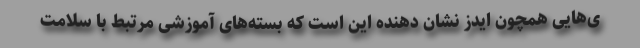
ی‌هایی همچون ایدز نشان دهنده این است که بسته‌های آموزشی مرتبط با سلامت